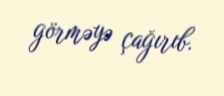
görməyə çağırıb.